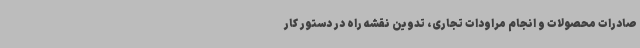
صادرات محصولات و انجام مراودات تجاری، تدوین نقشه راه در دستور کار